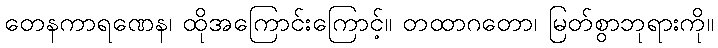
တေနကာရဏေန၊ ထိုအကြောင်းကြောင့်။ တထာဂတော၊ မြတ်စွာဘုရားကို။